Annual administration report of the Bombay Presidency - 1887-1892
Year: 1887
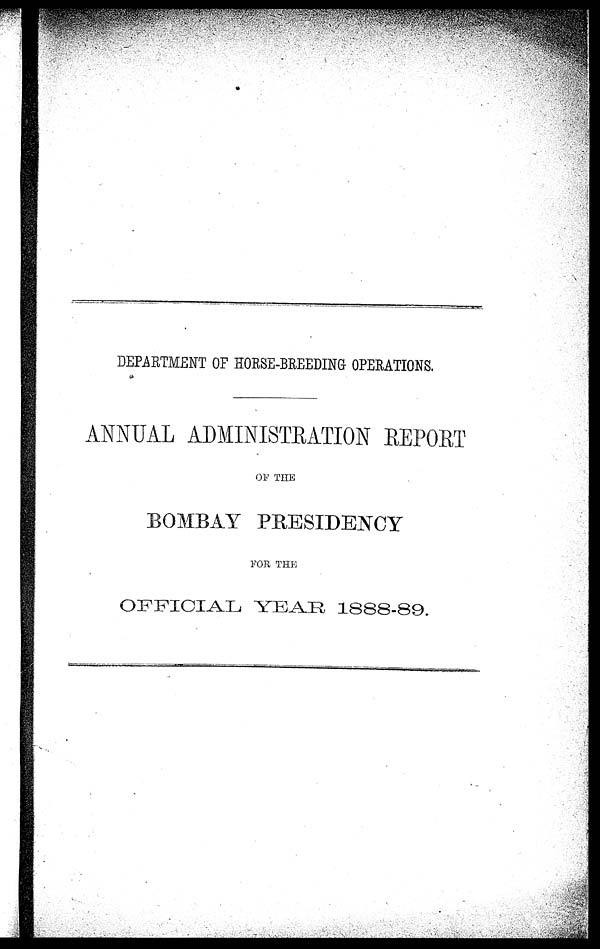
DEPARTMENT OF HORSE-BREEDING OPERATIONS.
ANNUAL ADMINISTRATION REPORT
OF THE
BOMBAY PRESIDENCY
FOR THE
OFFICIAL YEAR 1888-89.